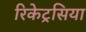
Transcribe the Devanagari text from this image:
रिकेट्रसिया